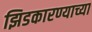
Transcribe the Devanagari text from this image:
झिडकारण्याच्या